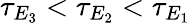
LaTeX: \tau_{E_{3}}<\tau_{E_{2}}<\tau_{E_{1}}